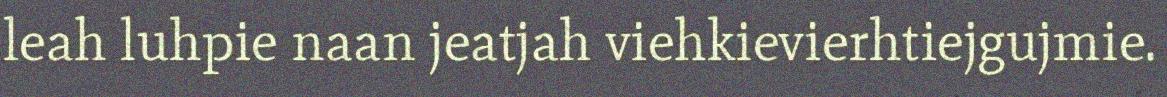
leah luhpie naan jeatjah viehkievierhtiejgujmie.